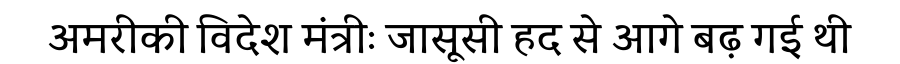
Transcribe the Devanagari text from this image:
अमरीकी विदेश मंत्रीः जासूसी हद से आगे बढ़ गई थी